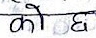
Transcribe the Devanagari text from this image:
को छ